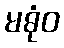
မဓုံဝ